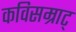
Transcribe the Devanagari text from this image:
कविसम्राट्